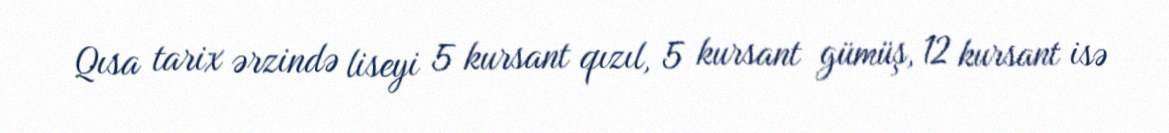
Qısa tarix ərzində liseyi 5 kursant qızıl, 5 kursant gümüş, 12 kursant isə